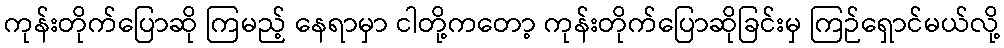
ကုန်းတိုက်ပြောဆို ကြမည့် နေရာမှာ ငါတို့ကတော့ ကုန်းတိုက်ပြောဆိုခြင်းမှ ကြဉ်ရှောင်မယ်လို့